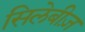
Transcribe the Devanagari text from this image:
सिलेबीज़